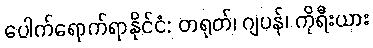
ပေါက်ရောက်ရာနိုင်ငံ: တရုတ်၊ ဂျပန်၊ ကိုရီးယား